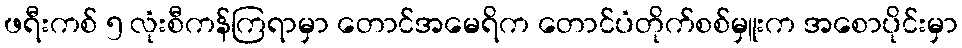
ဖရီးကစ် ၅ လုံးစီကန်ကြရာမှာ တောင်အမေရိက တောင်ပံတိုက်စစ်မှူးက အစောပိုင်းမှာ